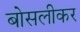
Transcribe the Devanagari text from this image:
बोसलीकर